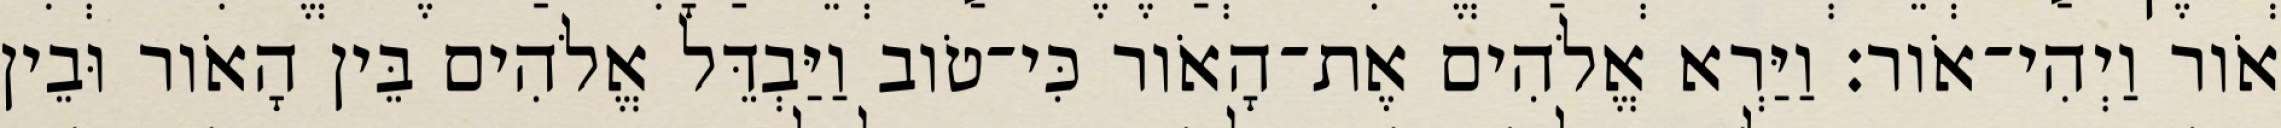
אֹור וַיְהִי־אֹור׃ וַיַּרְא אֱלֹהִים אֶת־הָאֹור כִּי־טֹוב וַיַּבְדֵּל אֱלֹהִים בֵּין הָאֹור וּבֵין